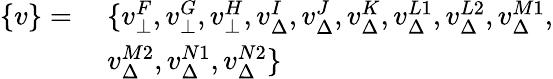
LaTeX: \begin{array}{rl}{\{ v\} =}&{\ \{ v_{\bot}^{F},v_{\bot}^{G},v_{\bot}^{H},v_{\Delta}^{I},v_{\Delta}^{J},v_{\Delta}^{K},v_{\Delta}^{L1},v_{\Delta}^{L2},v_{\Delta}^{M1},}\\ &{\ v_{\Delta}^{M2},v_{\Delta}^{N1},v_{\Delta}^{N2}\} }\end{array}